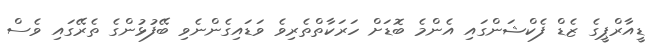
ޑީއާރްޕީގެ ޒެޑް ފެކްޝަންގައި އެންމެ ބޮޑަށް ހަރަކާތްތެރިވެ ވަޑައިގެންނެވި ބޭފުޅުންގެ ތެރޭގައި ވެސް